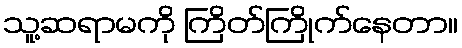
သူ့ဆရာမကို ကြိတ်ကြိုက်နေတာ။